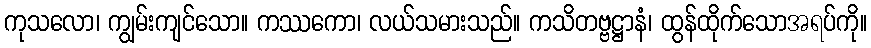
ကုသလော၊ ကျွမ်းကျင်သော။ ကဿကော၊ လယ်သမားသည်။ ကသိတဗ္ဗဋ္ဌာနံ၊ ထွန်ထိုက်သောအရပ်ကို။